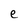
Character: e